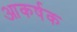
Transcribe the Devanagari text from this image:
आकर्षक